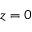
z = 0